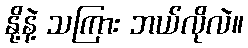
နို့နဲ့ သကြား ဘယ်လိုလဲ။